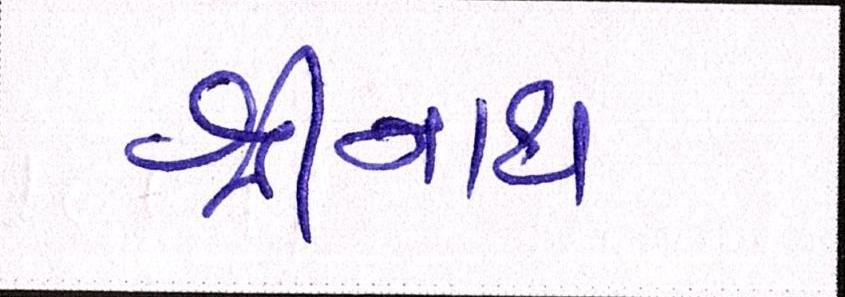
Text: શ્રીનાથ